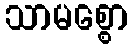
သာမစ္စော